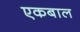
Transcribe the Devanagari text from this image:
एकबाल